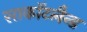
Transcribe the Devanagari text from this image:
साकाॅटलैन्ड